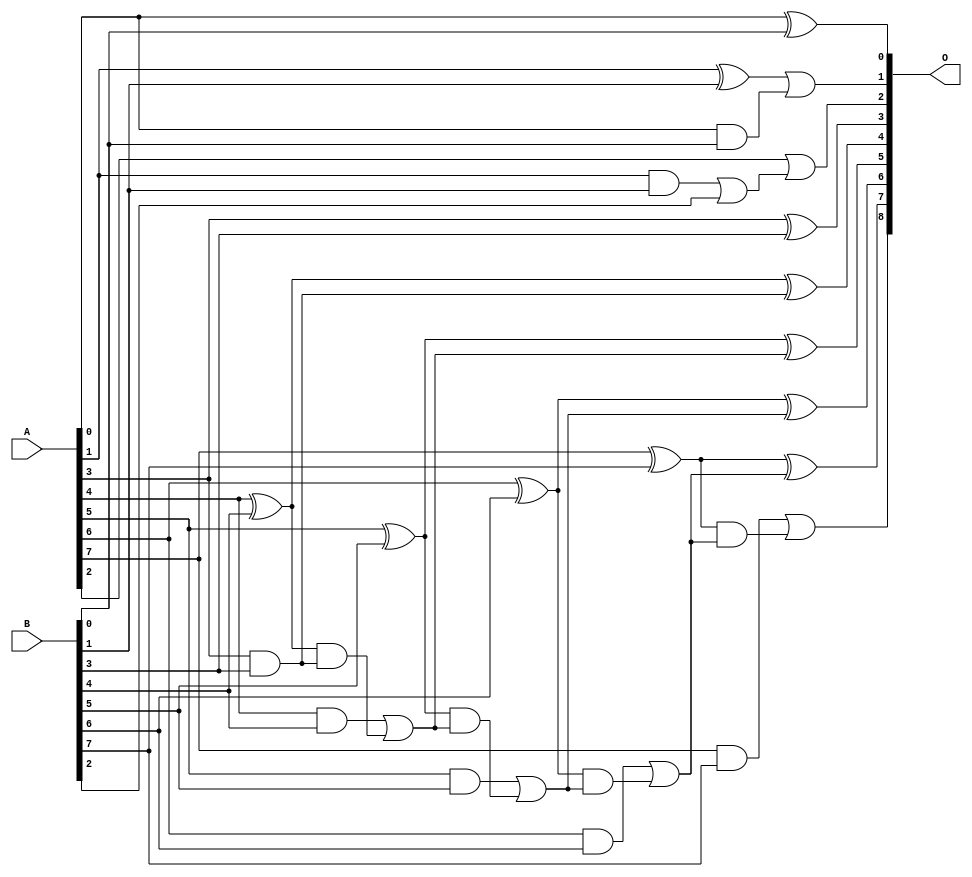
/***
* This code is a part of EvoApproxLib library (ehw.fit.vutbr.cz/approxlib) distributed under The MIT License.
* When used, please cite the following article(s): V. Mrazek, L. Sekanina, Z. Vasicek "Libraries of Approximate Circuits: Automated Design and Application in CNN Accelerators" IEEE Journal on Emerging and Selected Topics in Circuits and Systems, Vol 10, No 4, 2020 
* This file contains a circuit from a sub-set of pareto optimal circuits with respect to the pwr and ep parameters
***/
// MAE% = 0.39 %
// MAE = 2.0 
// WCE% = 1.56 %
// WCE = 8.0 
// WCRE% = 66.67 %
// EP% = 46.88 %
// MRE% = 1.04 %
// MSE = 10 
// PDK45_PWR = 0.023 mW
// PDK45_AREA = 65.7 um2
// PDK45_DELAY = 0.39 ns


module add8u_8MK(A, B, O);
  input [7:0] A, B;
  output [8:0] O;
  wire sig_17, sig_18, sig_19, sig_22, sig_29, sig_32;
  wire sig_33, sig_34, sig_35, sig_37, sig_38, sig_39;
  wire sig_40, sig_42, sig_43, sig_44, sig_45, sig_47;
  wire sig_48, sig_49, sig_50;
  assign sig_17 = A[0] & B[0];
  assign sig_18 = A[1] ^ B[1];
  assign sig_19 = A[1] & B[1];
  assign O[1] = sig_18 | sig_17;
  assign sig_22 = sig_19 | B[2];
  assign O[3] = A[3] ^ B[3];
  assign O[2] = A[2] | sig_22;
  assign sig_29 = A[3] & B[3];
  assign O[0] = A[0] ^ B[0];
  assign sig_32 = sig_29;
  assign sig_33 = A[4] ^ B[4];
  assign sig_34 = A[4] & B[4];
  assign sig_35 = sig_33 & sig_32;
  assign O[4] = sig_33 ^ sig_32;
  assign sig_37 = sig_34 | sig_35;
  assign sig_38 = A[5] ^ B[5];
  assign sig_39 = A[5] & B[5];
  assign sig_40 = sig_38 & sig_37;
  assign O[5] = sig_38 ^ sig_37;
  assign sig_42 = sig_39 | sig_40;
  assign sig_43 = A[6] ^ B[6];
  assign sig_44 = A[6] & B[6];
  assign sig_45 = sig_43 & sig_42;
  assign O[6] = sig_43 ^ sig_42;
  assign sig_47 = sig_44 | sig_45;
  assign sig_48 = A[7] ^ B[7];
  assign sig_49 = A[7] & B[7];
  assign sig_50 = sig_48 & sig_47;
  assign O[7] = sig_48 ^ sig_47;
  assign O[8] = sig_49 | sig_50;
endmodule